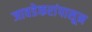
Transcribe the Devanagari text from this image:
जावडेकरांपासून